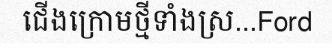
ជើងក្រោមថ្មីទាំងស្រ...Ford